Newspaper: Butler citizen. [volume]
Place of publication: Butler, Pa.
Publisher: John H. & W.C. Negley
Date: 1895-11-07 00:00:00
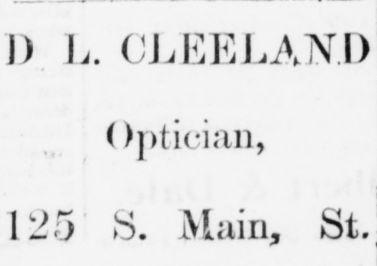
Advertisement text (OCR):
I) L. CLEELAND ()ptician, 125 S. Main, fcit.
Label: text-only